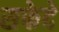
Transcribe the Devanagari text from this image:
सफेदे